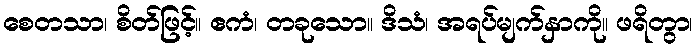
စေတသာ၊ စိတ်ဖြင့်။ ဧကံ၊ တခုသော။ ဒိသံ၊ အရပ်မျက်နှာကို။ ဖရိတွာ၊